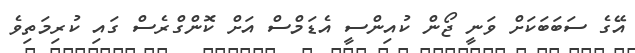
އޭގެ ސަބަބަކަށް ވަނީ ޖޯން ކުއިންސީ އެޑަމްސް އަށް ކޮންގްރެސް ގައި ކުރިމަތިވެ